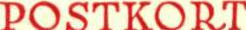
POSTKORT